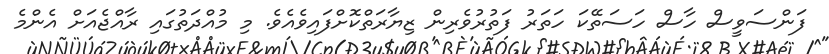
ފަންސަވީސް ހާސް ހަސަތޭކަ ހަތަރު ފަތުރުވެރިން ޒިޔާރަތްކޮށްފައިވެއެވެ. މި މުއްދަތުގައި ރާއްޖެއަށް އެންމެ